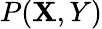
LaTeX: P(\mathbf{X},Y)